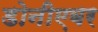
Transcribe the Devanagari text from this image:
डोनीएबर